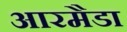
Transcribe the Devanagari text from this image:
आरमैडा